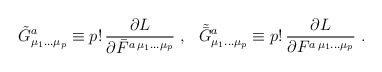
\begin{align*}\tilde{G}^a_{\mu_1\ldots \mu_p} \equiv p!\, \frac{\partial L}{\partial \bar{F}^{a\,\mu_1\ldots \mu_p}}~,~~\tilde{\bar{G}}^a_{\mu_1\ldots \mu_p} \equiv p!\, \frac{\partial L}{\partial F^{a\,\mu_1\ldots \mu_p}}~.\end{align*}